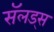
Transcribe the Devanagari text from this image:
सॅलड्स